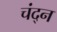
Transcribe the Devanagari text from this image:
चंद्न